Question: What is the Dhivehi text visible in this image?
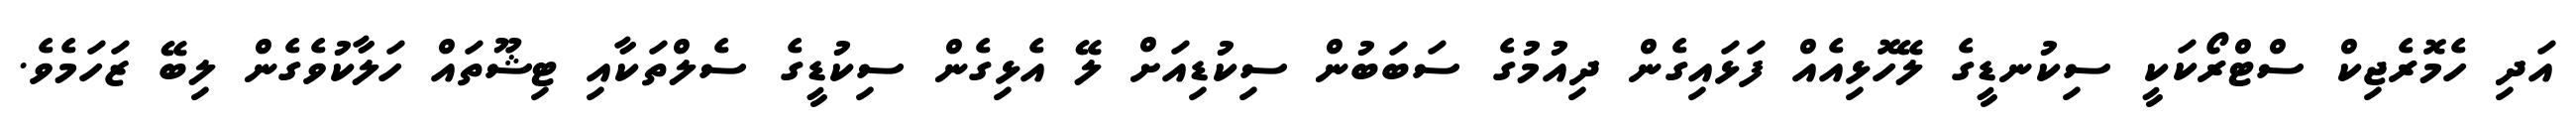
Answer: އަދި ހެމޮރެޖިކް ސްޓްރޯކަކީ ސިކުނޑީގެ ލޭހޮޅިއެއް ފަޅައިގެން ދިއުމުގެ ސަބަބުން ސިކުޑިއަށް ލޭ އެޅިގެން ސިކުޑީގެ ސެލްތަކާއި ޓިޝޫތައް ހަލާކުވެގެން ލިބޭ ޒަހަމެވެ.